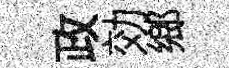
政効鄉